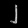
Digit: ၂